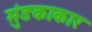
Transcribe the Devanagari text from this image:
मुंडकाकार